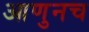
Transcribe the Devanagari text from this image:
आणुनच